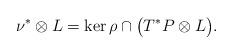
LaTeX: \begin{gather*}\nu^*\otimes L=\ker\rho\cap \big(T^*P\otimes L\big).\end{gather*}